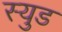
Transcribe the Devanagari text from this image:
स्युड